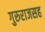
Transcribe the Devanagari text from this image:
गुरुराजसह